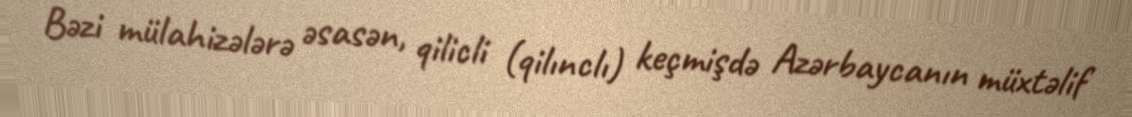
Bəzi mülahizələrə əsasən, qilicli (qilınclı) keçmişdə Azərbaycanın müxtəlif